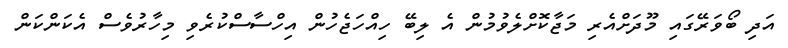
އަދި ބޯވަރޭގައި މޫދަށްއެރި މަޖާކޮށްލެވުމުން އެ ލިބޭ ހިއްހަޖެހުން އިހްސާސްކުރެވި މިހާރުވެސް އެކަންކަން